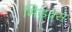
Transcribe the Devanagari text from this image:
मिड्क्स